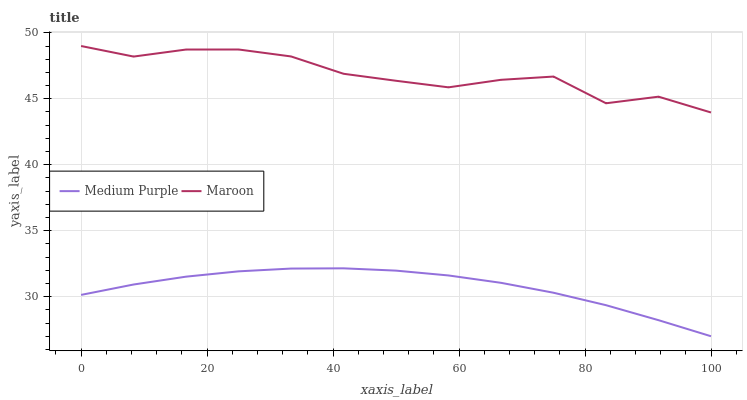
| xaxis_label | Medium Purple | Maroon |
 | --- | --- | --- |
 | 0 | 30.1 | 49 |
 | 8.33 | 30.9 | 48.2 |
 | 16.7 | 31.5 | 48.7 |
 | 25 | 31.9 | 48.7 |
 | 33.3 | 32.1 | 48.2 |
 | 41.7 | 32.1 | 46.9 |
 | 50 | 32 | 46.4 |
 | 58.3 | 31.6 | 45.9 |
 | 66.7 | 31 | 46.4 |
 | 75 | 30.3 | 46.7 |
 | 83.3 | 29.4 | 44.7 |
 | 91.7 | 28.2 | 45.2 |
 | 100 | 27 | 44 |